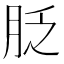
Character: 𦚖